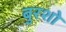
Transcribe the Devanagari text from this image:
बुरशो